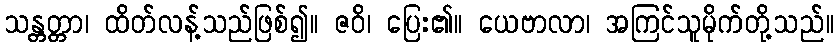
သန္တတ္တာ၊ ထိတ်လန့်သည်ဖြစ်၍။ ဇဝိ၊ ပြေး၏။ ယေဗာလာ၊ အကြင်သူမိုက်တို့သည်။